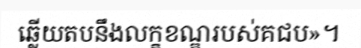
ឆ្លើយតបនឹងលក្ខខណ្ឌរបស់គជប»។